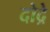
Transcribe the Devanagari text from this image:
दोद्रे